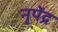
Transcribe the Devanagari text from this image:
नृपेंद्र